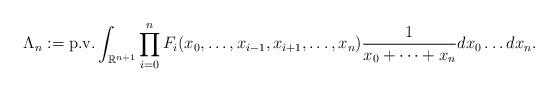
LaTeX: \begin{align*}\Lambda_n:= \textup{p.v.} \int_{\mathbb{R}^{n+1}}\prod_{i=0}^{n} F_i(x_0,\dots,x_{i-1},x_{i+1},\dots,x_n)\frac{1}{x_0+\dots + x_n }dx_0 \dots dx_n .\end{align*}